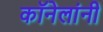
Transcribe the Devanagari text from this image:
कॉनेलांनी